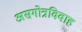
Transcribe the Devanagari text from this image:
असगोत्रविवाह